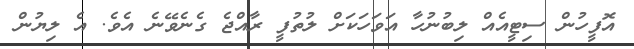
އޮފީހުން ސިޓީއެއް ލިބުނުހާ އަވަހަކަށް ލުތުފީ ރާއްޖެ ގެނެވޭނެ އެވެ. އެ ލިޔުން